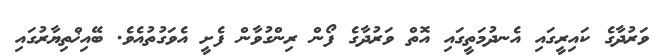
ވަރުދާގެ ކައިރީގައި އެނދުމަތީގައި އޮތް ވަރުދާގެ ފޯން ރިންގުވާން ފެށީ އެވަގުތުއެވެ. ބޭއިޚްތިޔާރުގައި